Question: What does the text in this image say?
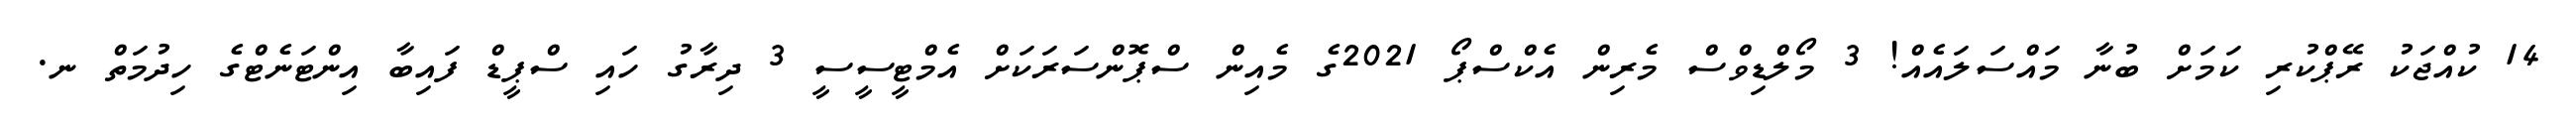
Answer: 14 ކުއްޖަކު ރޭޕްކުރި ކަމަށް ބުނާ މައްސަލައެއް! 3 މޯލްޑިވްސް މެރިން އެކްސްޕޯ 2021ގެ މެއިން ސްޕޮންސަރަކަށް އެމްޓީސީސީ 3 ދިރާގު ހައި ސްޕީޑް ފައިބާ އިންޓަނެޓްގެ ހިދުމަތް ނ.